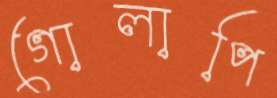
গোলাপি